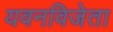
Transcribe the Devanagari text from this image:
यवनविजेता